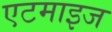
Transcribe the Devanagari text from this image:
एटमाइज